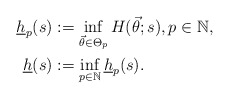
\begin{align*}\underline{h}_{p}(s) & :=\inf_{\vec{\theta}\in\Theta_{p}} H(\vec{\theta};s),p\in\mathbb{N},\\\underline{h}(s) & :=\inf_{p\in\mathbb{N}} \underline{h}_{p}(s).\end{align*}